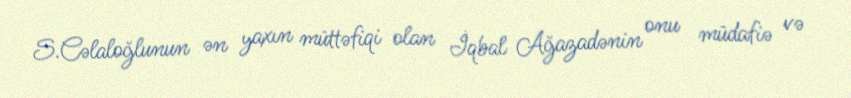
S.Cəlaloğlunun ən yaxın müttəfiqi olan İqbal Ağazadənin onu müdafiə və